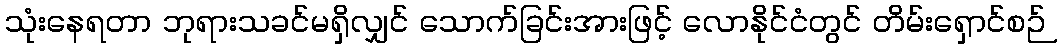
သုံးနေရတာ ဘုရားသခင်မရှိလျှင် သောက်ခြင်းအားဖြင့် လောနိုင်ငံတွင် တိမ်းရှောင်စဉ်